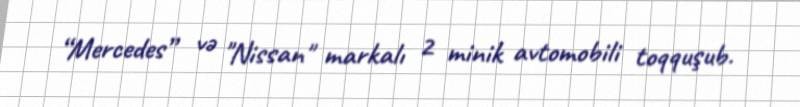
“Mercedes” və "Nissan" markalı 2 minik avtomobili toqquşub.